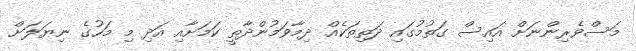
މަސްވެރިންނަށް އައިސް ގަތުމުގައި ދަތިތަކެއް ދިމާވަމުންދާތީ ކަމަށާއި އަދި މި މަހުގެ ނިޔަލަށް